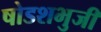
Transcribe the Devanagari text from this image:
षोडशभुजी